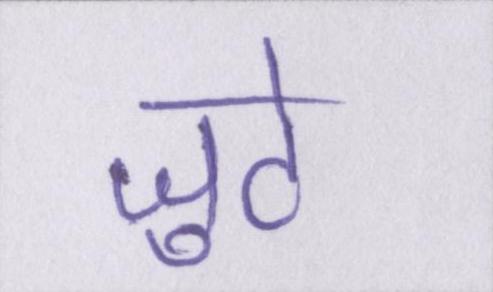
जुटे